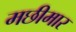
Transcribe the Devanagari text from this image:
मछीमार